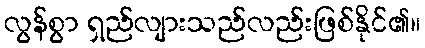
လွန်စွာ ရှည်လျားသည်လည်းဖြစ်နိုင်၏။